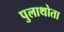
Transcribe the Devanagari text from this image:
पुलाथोता